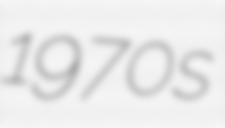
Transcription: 1970s